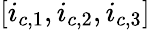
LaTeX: [i_{c,1},i_{c,2},i_{c,3}]